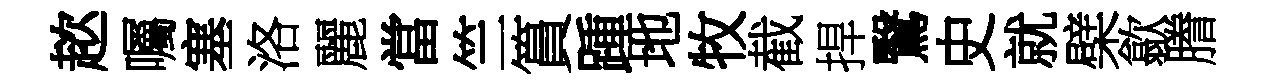
趑囑塞洛麗當竺篔踵地牧截捍鷖史就檗歙謄